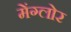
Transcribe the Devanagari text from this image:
मेंग्लोर